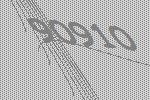
90910